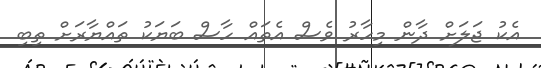
އެކު ޖަލަށް ދާން މިހާރު ވެސް އެތައް ހާސް ބަޔަކު ތައްޔާރަށް ތިބި